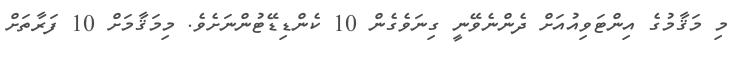
މި މަޤާމުގެ އިންޓަވިއުއަށް ދެންނެވޭނީ ގިނަވެގެން 10 ކެންޑިޑޭޓުންނަށެވެ. މިމަޤާމަށް 10 ފަރާތަށް